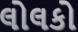
લોલકો